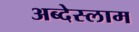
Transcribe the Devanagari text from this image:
अब्देस्लाम